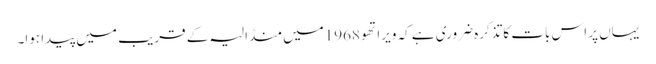
یہاں پر اس بات کاتذکرہ ضروری ہے کہ ویراتھو 1968میں منڈالیہ کے قریب میں پیدا ہوا۔